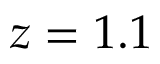
z = 1 . 1